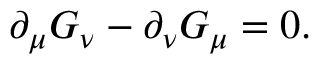
\partial _ { \mu } G _ { \nu } - \partial _ { \nu } G _ { \mu } = 0 .